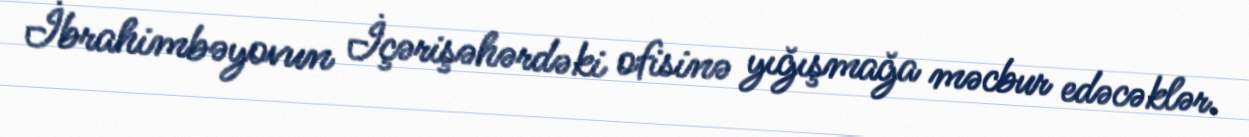
İbrahimbəyovun İçərişəhərdəki ofisinə yığışmağa məcbur edəcəklər.